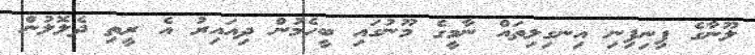
ލޫނާގެ ފިނިފިނި އިނގިލިތައް ނާމީގެ މޫނުގައި ބީހެމުން ދިއައިރު އެ ރީތި ދެލޮލުން